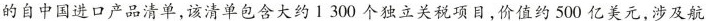
的自中国进口产品清单,该清单包含大约1300 个独立关税项目,价值约 500 亿美元,涉及航